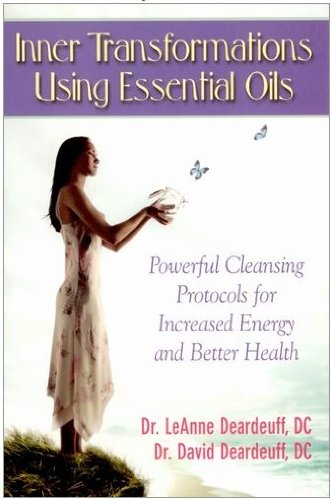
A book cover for Inner Transformations Using Essential Oils: Powerful Cleansing Protocols for Increase Energy and Better Health; D.C. LeAnne Deardeuff; Health, Fitness & Dieting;